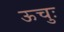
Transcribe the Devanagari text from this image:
ऊचुः